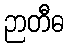
ဉာတီဓ